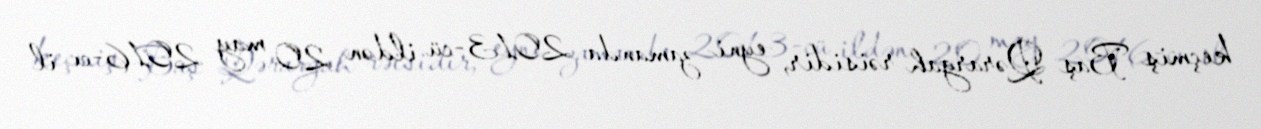
keçmiş Baş Qərargah rəisidir, eyni zamanda 2013-cü ildən 20 may 2016-cı il